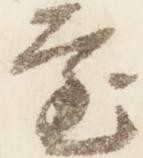
審